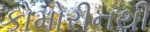
કોમોરીનથી